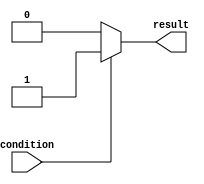
module if_else_statement (
    input wire condition,
    output reg result
);

always @(*) begin
    if (~condition) begin
        result <= 1'b0; // execute if block
    end else begin
        result <= 1'b1; // execute else block
    end
end

endmodule